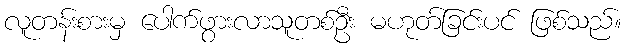
လူတန်းစားမှ ပေါက်ဖွားလာသူတစ်ဦး မဟုတ်ခြင်းပင် ဖြစ်သည်။